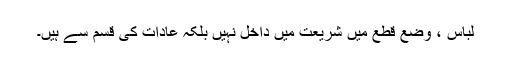
لباس ، وضع قطع میں شریعت میں داخل نہیں بلکہ عادات کی قسم سے ہیں۔